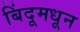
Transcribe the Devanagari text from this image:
बिंदूमधून